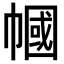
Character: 幗